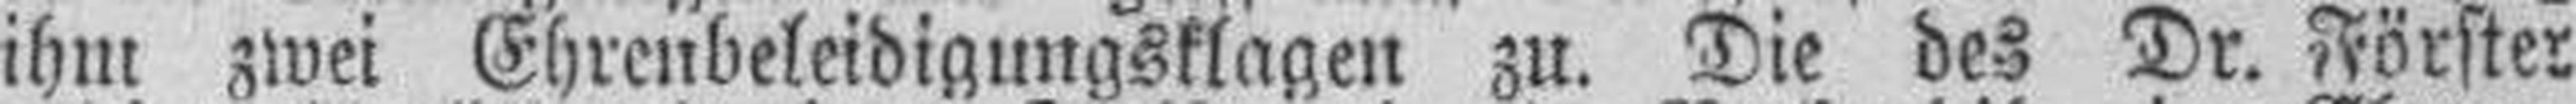
ihm zwei Ehrenbeleidigungsklagen zu. Die des Dr. Förster